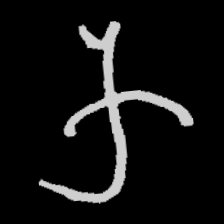
Pyu character \u2014 Myanmar letter: က (romanized: ka)